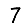
Digit: 7